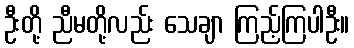
ဦးတို့ ညီမတို့လည်း သေချာ ကြည့်ကြပါဦး။